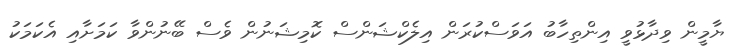
ޔާމީން ވިދާޅުވީ އިންތިހާބު އަވަސްކުރަން އިލެކްޝަންސް ކޮމިޝަނުން ވެސް ބޭނުންވާ ކަމަށާއި އެކަމަކު